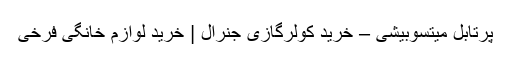
پرتابل میتسوبیشی – خرید کولرگازی جنرال | خرید لوازم خانگی فرخی